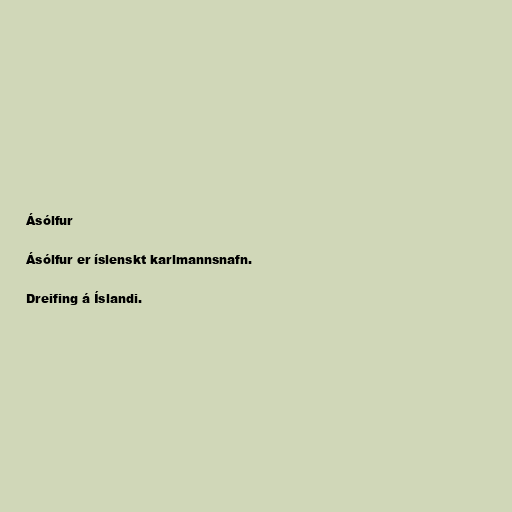
Ásólfur

Ásólfur er íslenskt karlmannsnafn.

Dreifing á Íslandi.